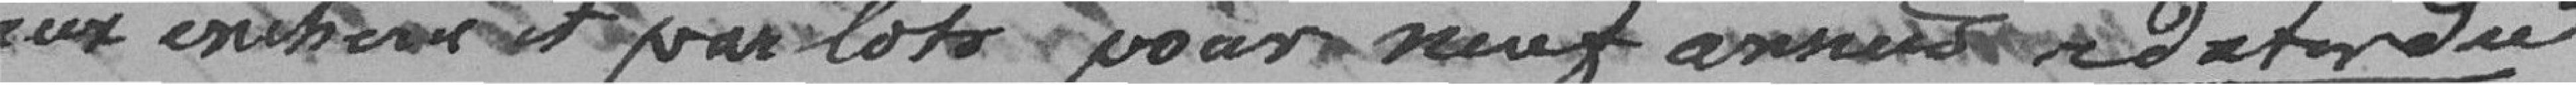
aux enchères par lots pour neuf années à date du